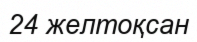
24 желтоқсан